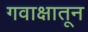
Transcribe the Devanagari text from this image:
गवाक्षातून